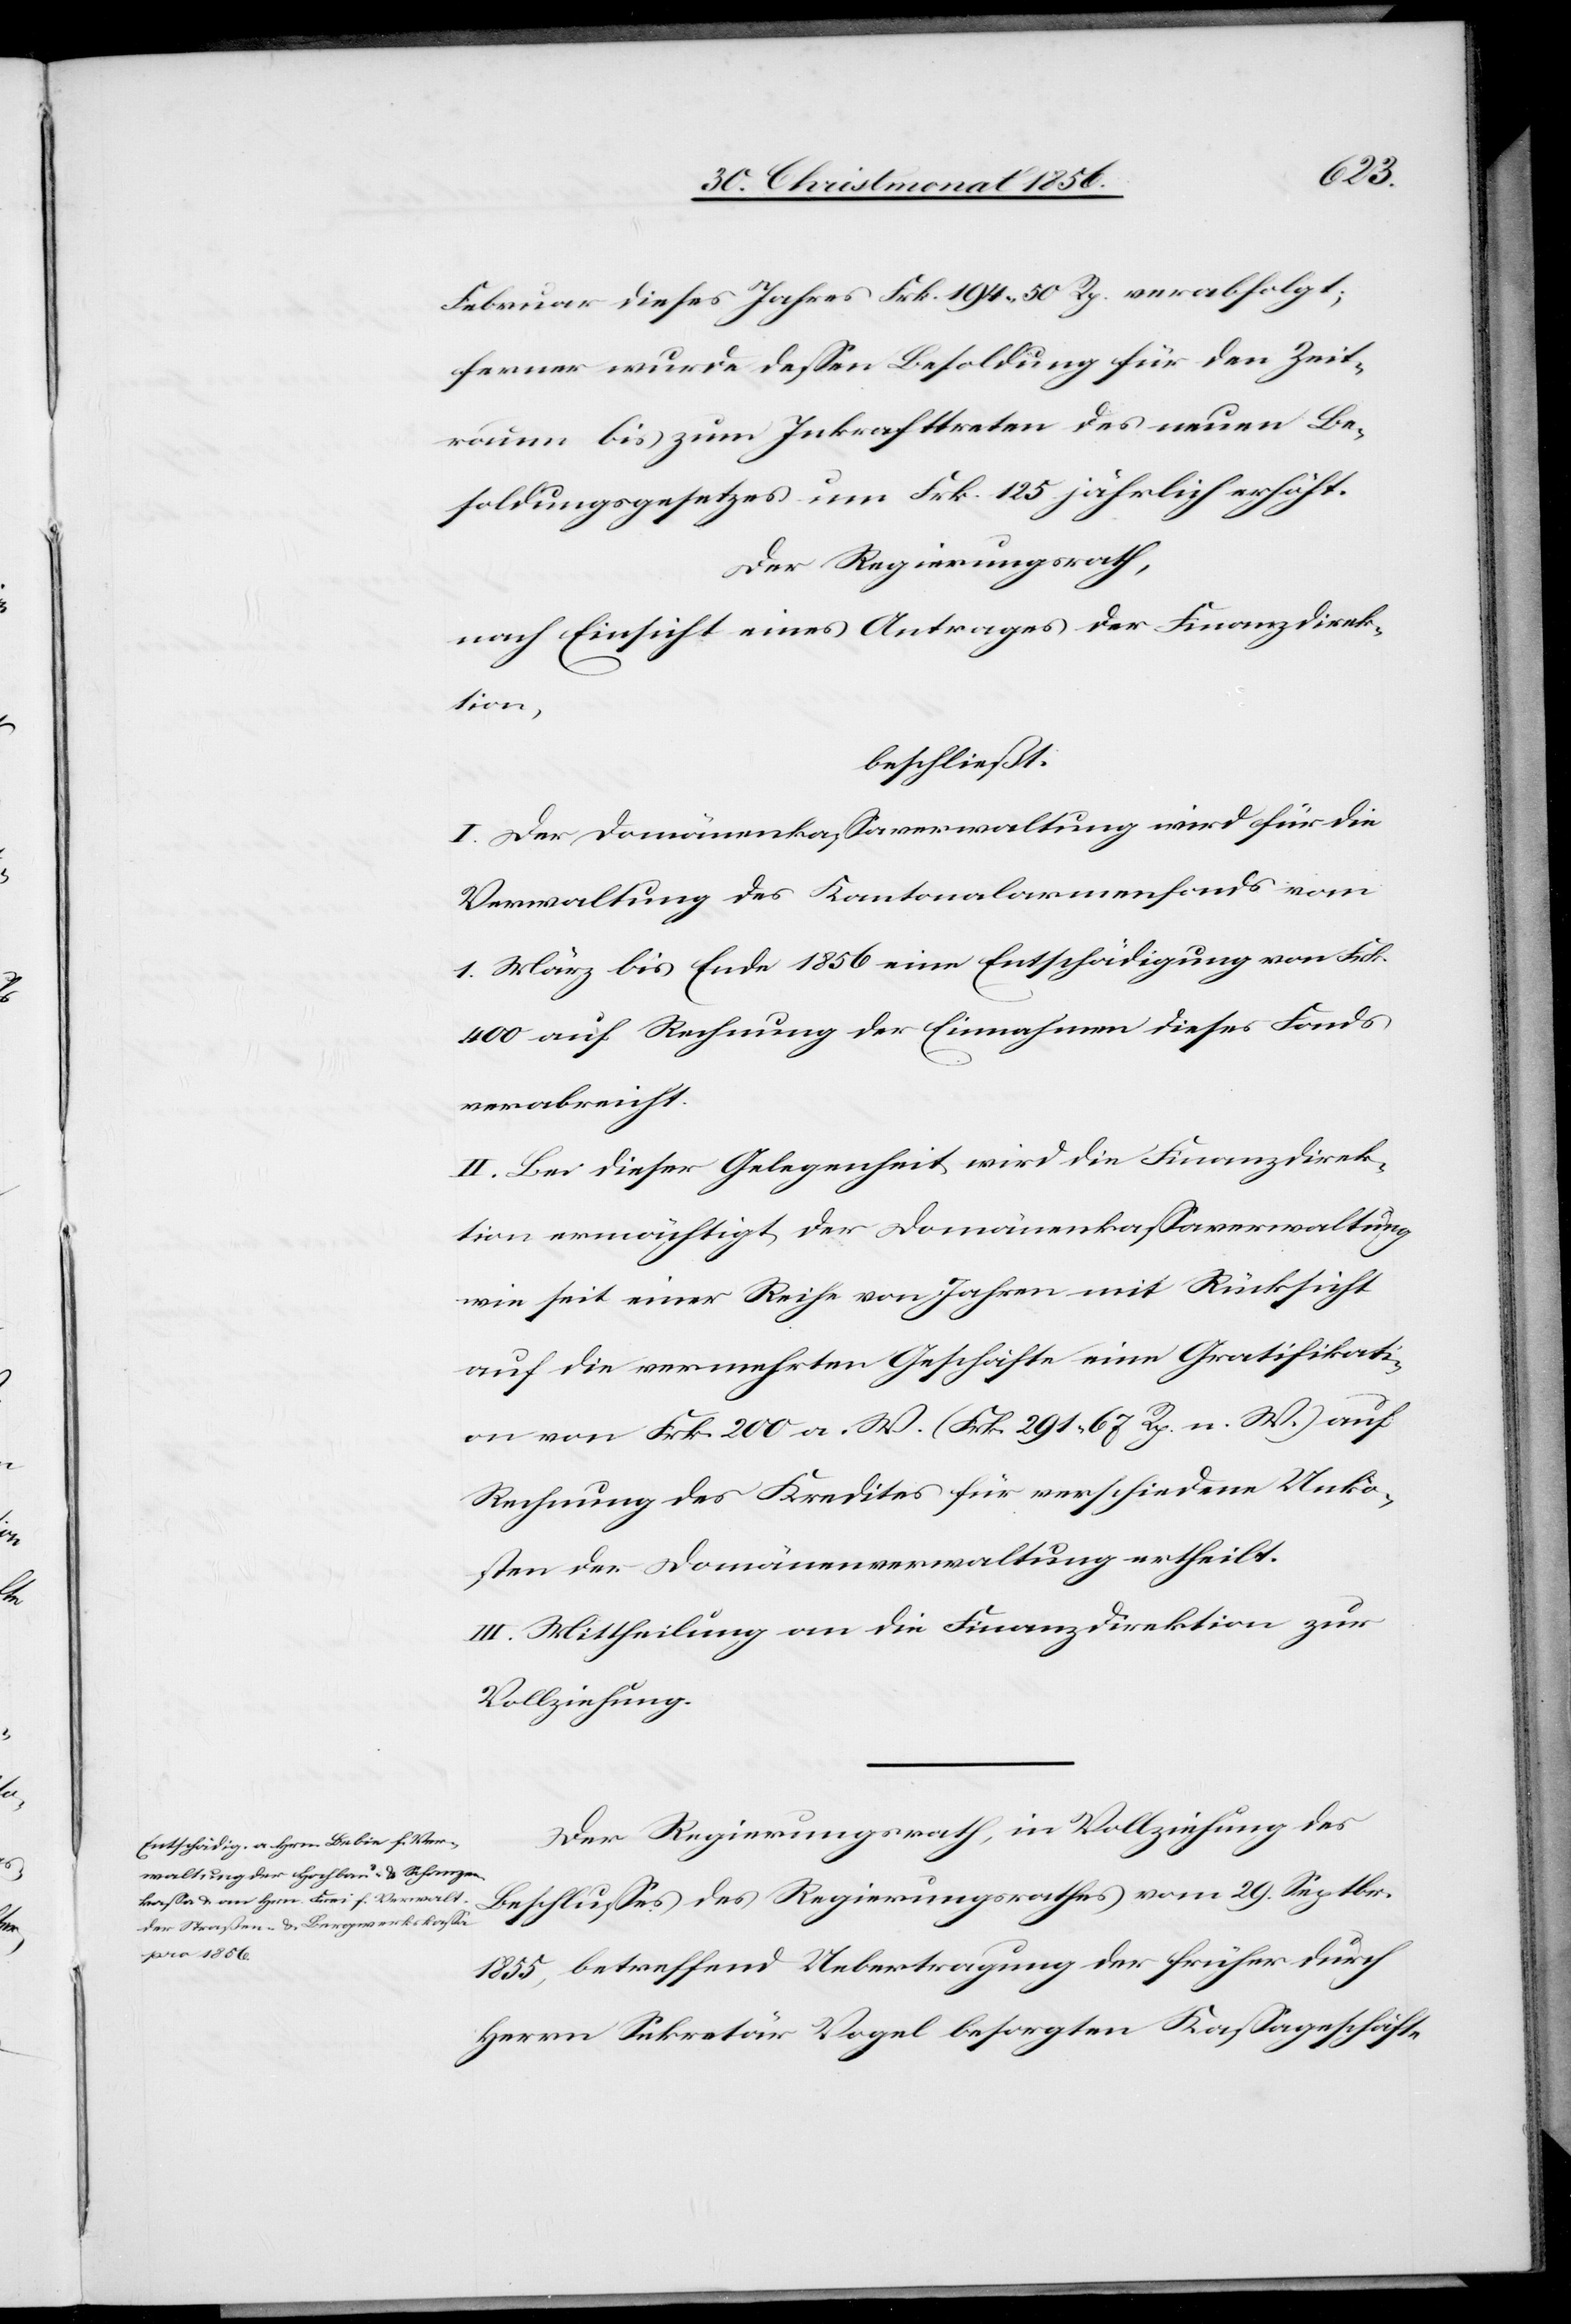
Februar dieses Jahres Frk. 194. 50 Rp. verabfolgt;
ferner wurde dessen Besoldung für den Zeit¬
raum bis zum Inkrafttreten des neuen Be¬
soldungsgesetzes um Frk. 125 jährlich erhöht.
Der Regierungsrath,
nach Einsicht eines Antrages der Finanzdirek¬
tion,
beschließt:
I. Der Domänenkassaverwaltung wird für die
Verwaltung des Kantonalarmenfonds vom
1. März bis Ende 1856 eine Entschädigung von Frk.
400 auf Rechnung der Einnahmen dieses Fonds
verabreicht.
II. Bei dieser Gelegenheit wird die Finanzdirek¬
tion ermächtigt der Domänenkassaverwaltung
wie seit einer Reihe von Jahren mit Rücksicht
auf die vermehrten Geschäfte eine Gratifikati¬
on von Frk. 200 a. W. (Frk. 291. 67 Rp. n. W.) auf
Rechnung des Kredites für verschiedene Unko¬
sten der Domänenverwaltung ertheilt
III. Mittheilung an die Finanzdirektion zur
Vollziehung.
Der Regierungsrath, in Vollziehung des
Beschlusses des Regierungsrathes vom 29. Septbr.
1855, betreffend Uebertragung der früher durch
Herrn Sekretär Vogel besorgten Kassageschäfte